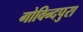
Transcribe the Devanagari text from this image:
गोविन्दपुरा